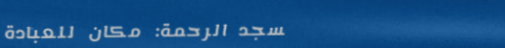
مسجد الرحمة: مكان للعبادة